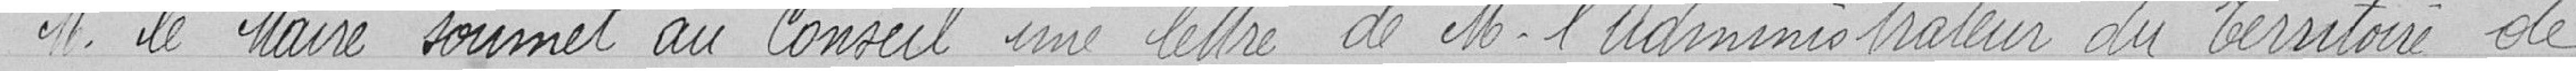
Monsieur le Maire soumet au Conseil une lettre de Monsieur l'Administrateur du Territoire de